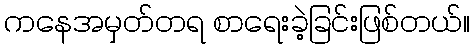
ကနေအမှတ်တရ စာရေးခဲ့ခြင်းဖြစ်တယ်။